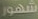
شهور